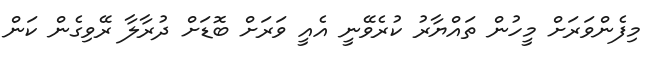
މިފެންވަރަށް މީހުން ތައްޔާރު ކުރެވޭނީ އެއީ ވަރަށް ބޮޑަށް ދުރާލާ ރޭވިގެން ކަން